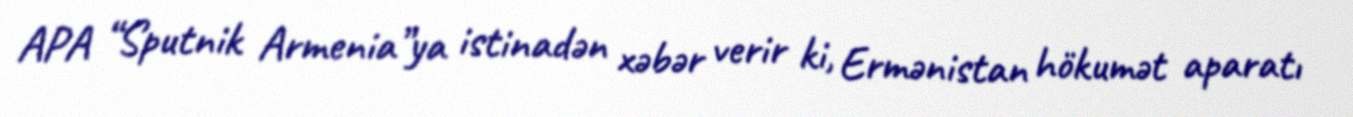
APA “Sputnik Armenia”ya istinadən xəbər verir ki, Ermənistan hökumət aparatı